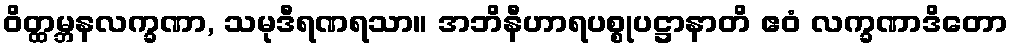
ဝိတ္ထမ္ဘနလက္ခဏာ, သမုဒီရဏရသာ။ အဘိနီဟာရပစ္စုပဋ္ဌာနာတိ ဧဝံ လက္ခဏာဒိတော